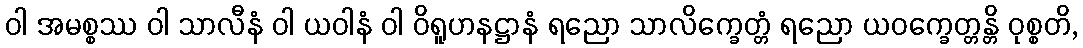
ဝါ အမစ္စဿ ဝါ သာလီနံ ဝါ ယဝါနံ ဝါ ဝိရူဟနဋ္ဌာနံ ရညော သာလိက္ခေတ္တံ ရညော ယဝက္ခေတ္တန္တိ ဝုစ္စတိ,